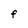
Character: F